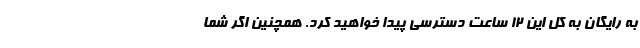
به رایگان به کل این ۱۲ ساعت دسترسی پیدا خواهید کرد. همچنین اگر شما